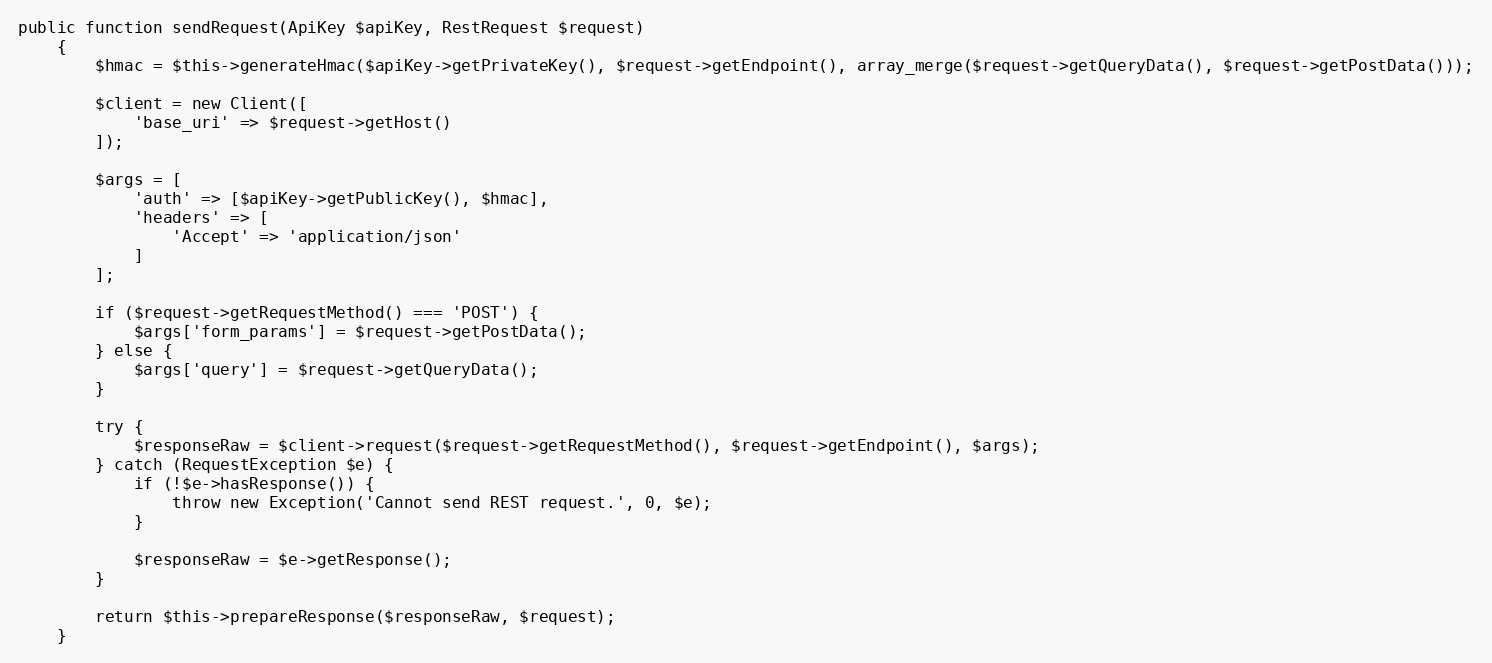
Language: PHP
public function sendRequest(ApiKey $apiKey, RestRequest $request)
    {
        $hmac = $this->generateHmac($apiKey->getPrivateKey(), $request->getEndpoint(), array_merge($request->getQueryData(), $request->getPostData()));

        $client = new Client([
            'base_uri' => $request->getHost()
        ]);

        $args = [
            'auth' => [$apiKey->getPublicKey(), $hmac],
            'headers' => [
                'Accept' => 'application/json'
            ]
        ];

        if ($request->getRequestMethod() === 'POST') {
            $args['form_params'] = $request->getPostData();
        } else {
            $args['query'] = $request->getQueryData();
        }

        try {
            $responseRaw = $client->request($request->getRequestMethod(), $request->getEndpoint(), $args);
        } catch (RequestException $e) {
            if (!$e->hasResponse()) {
                throw new Exception('Cannot send REST request.', 0, $e);
            }

            $responseRaw = $e->getResponse();
        }

        return $this->prepareResponse($responseRaw, $request);
    }